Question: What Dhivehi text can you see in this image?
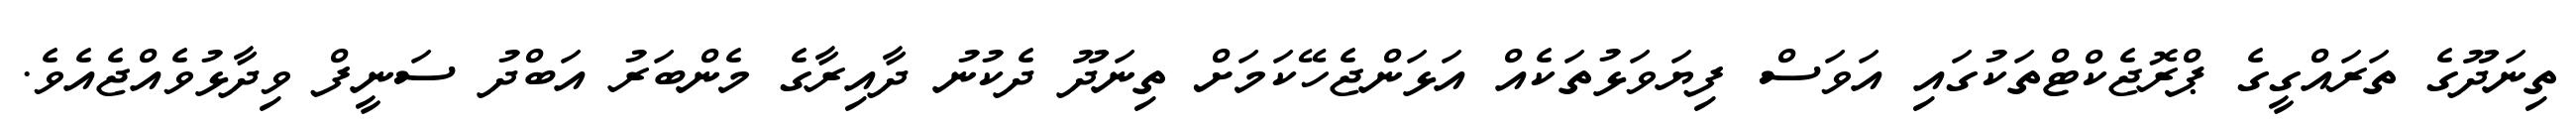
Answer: ތިނަދޫގެ ތަރައްގީގެ ޕްރޮޖެކްޓްތަކުގައި އަވަސް ފިޔަވަޅުތަކެއް އަޅަންޖެހޭކަމަށް ތިނަދޫ ދެކުނު ދާއިރާގެ މެންބަރު އަބްދު ސަނީފް ވިދާޅުވެއްޖެއެވެ.